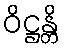
ဝိဋ္ဌန္တိ